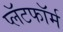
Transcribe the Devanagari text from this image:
प्लॅटफाॅर्म